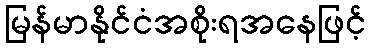
မြန်မာနိုင်ငံအစိုးရအနေဖြင့်